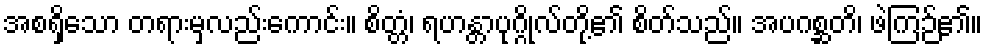
အစရှိသော တရားမှလည်းကောင်း။ စိတ္တံ၊ ရဟန္တာပုဂ္ဂိုလ်တို့၏ စိတ်သည်။ အပဂစ္ဆတိ၊ ဖဲကြဉ်၏။